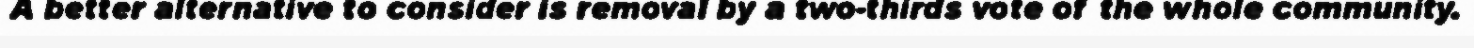
A better alternative to consider is removal by a two-thirds vote of the whole community.